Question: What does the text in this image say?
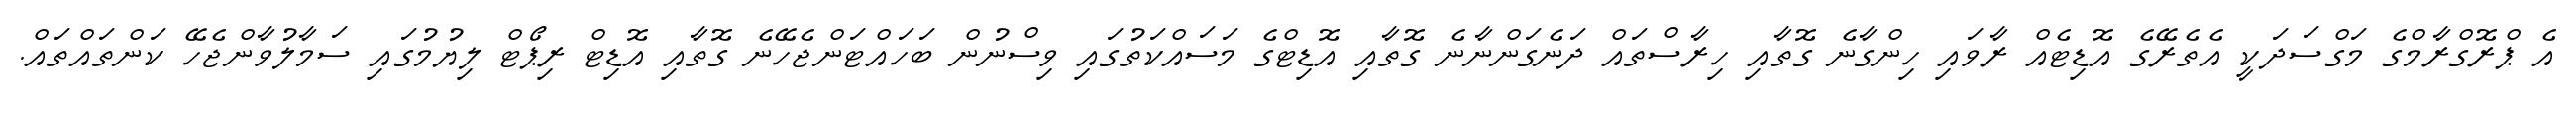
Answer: އެ ޕްރޮގްރާމްގެ މަގްސަދަކީ އެތެރޭގެ އޮޑިޓެއް ރާވައި ހިންގާނެ ގޮތާއި ހިރާސްތައް ދަނެގަންނާނެ ގޮތާއި އޮޑިޓްގެ މަސައްކަތުގައި ވިސްނުން ބަހައްޓަންޖެހޭނެ ގޮތާއި އޮޑިޓް ރިޕޯޓް ލިޔުމުގައި ސަމާލުވާންޖެހޭ ކަންތައްތައް.